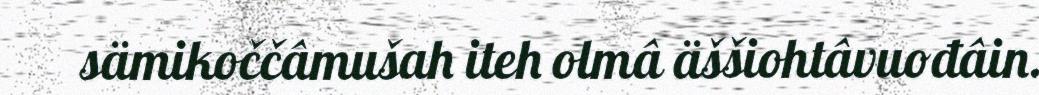
sämikoččâmušah iteh olmâ äššiohtâvuođâin.